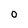
Character: 0